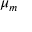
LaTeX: \mu _ { m } \,